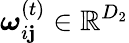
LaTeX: \boldsymbol{\omega}_{i\mathbf{j}}^{(t)}\in\mathbb{{R}}^{D_{2}}